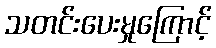
သတင်းပေးမှုကြောင့်